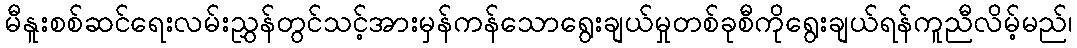
မီနူးစစ်ဆင်ရေးလမ်းညွှန်တွင်သင့်အားမှန်ကန်သောရွေးချယ်မှုတစ်ခုစီကိုရွေးချယ်ရန်ကူညီလိမ့်မည်၊